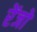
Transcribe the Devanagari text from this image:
रेंजों